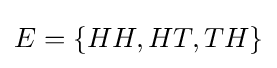
E=\{HH,HT,TH\}